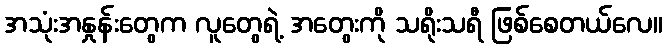
အသုံးအနှုန်းတွေက လူတွေရဲ့ အတွေးကို သရိုးသရီ ဖြစ်စေတယ်လေ။